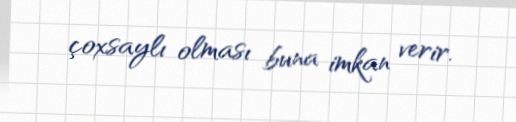
çoxsaylı olması buna imkan verir.